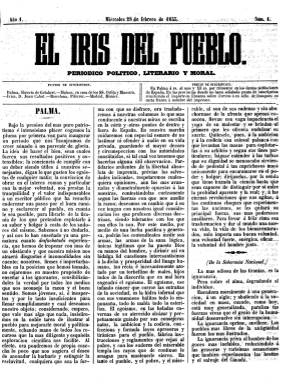
Título: El Iris del pueblo
Colección: Periódicos
Ámbito geográfico: Baleares
Lugar de publicación: Palma [de Mallorca]
Fechas: 28/02/1855-30/11/1855

Al calor de la renovada actividad política y la libertad de prensa del Bienio Progresista (1854-1856), nace este primer periódico mallorquín vinculado al Partido Demócrata (1849). Fundado y dirigido por el entonces joven abogado Joaquín Fiol Pujol (1831-1895), participan también en su redacción el franciscano exclaustrado, catedrático del Instituto Balear y socialista utópico Jerónimo Bibiloni Llaneras (1802-1876), el industrial Miguel Quetglas Bauzà (1826-1872), fundador del Centro Instructivo Republicano (1852), quien, tras integrar la lista electoral formada por todas las tendencias del Partido Progresista, será alcalde de la capital en julio de 1855; así como su hermano, Joaquín Quetglas, y Miguel Guasp Ripoll. Como editor responsable aparece Juan Villalonga Gómez. Lleva como subtítulo “periódico político, literario y moral”, y publica su primer número el 28 de febrero de 1855, formando una colección de 119 entregas, correspondiendo la última al 30 de noviembre de ese mismo año.

En un formato en folio, sus números son de cuatro páginas, compuestas a tres columnas, y será estampado en la Imprenta de Pedro José Gelabert, editor también del diario progresista El Genio de la libertad (1839-1857). Aparecerá tres veces a la semana (probablemente, miércoles, viernes y lunes ) y ya en su primer número, polemizó con sus “apreciables colegas”, los también diarios El Balear (1848-1856), impreso y editado por Pero José Umbert, y El Diario de Palma (1852-1856), del también impresor y editor Felipe Guasp Barbieri, que habían manifestado su “susceptibilidad” al prospecto publicado anunciando El Iris…, en el que había quedado expuesta su pretensión de “desilotizar a las masas instruyéndolas y liberalizándolas” y “acercar las clases”. Al primero lo tildará de “ultramoderado” y al segundo, de “moderadísimo… con ribetes de absolutista”.

Sus redactores se identificaron como jóvenes e inexpertos “partidarios ardientes de la libertad absoluta de imprenta”, que por el “más puro patriotismo” tomaban “la pluma por primera vez” para iniciar “la noble tarea de ilustrar al pueblo para mejorarle moral y políticamente”, así como de “librarle de la tiranía de los que pretenden explotarle”, según señala su primer editorial. Además de artículos doctrinales y de fondo, incluirá una Sección literaria, que inicia con una biografía de Lord Byron, así como otra de Variedades y la que denomina Correo de ayer, con noticias breves y partes telegráficos de otras extranjeras. También insertará algún folletín.

Resaltan los artículos que reproduce casi exclusivamente de La Soberanía nacional (1854-1855), el diario demócrata madrileño del socialista utópico Sixto Cámara (1825-1859). A mediados de abril su defensa del Partido Demócrata empezó a hacerse explícita con artículos de los demócrata José María Orense (1803-1880), José Ordax Avecilla (1813-1856), Fernando Garrido (1821-1883), Roque Barcia (1821-1885) o Emilio Castelar (1832-1899). En El Iris del pueblo se critica la moderación del Partido Progresista, se publica una serie de artículos contestando a la polémica exposición a las Cortes del Obispo de Osma relativa a la desamortización, o sobre las relaciones Estado-Vaticano, exponiendo que “el partido demócrata quiere que San Pedro esté en Roma y Dios en todas partes”.

Publica las Bases de la Constitución que en esos momentos estaban debatiéndose en el Congreso, y en su entrega de 29 de julio refutará la acusación de que sus redactores fueran “comunistas”, “ni partidarios de O’Owen, Cabet o Buchez”. En su despedida, el 30 de noviembre, muestran sus aspiraciones republicanas y resumen sus ideas demócratas: soberanía nacional y sufragio universal, libertad de cultos, libertad de imprenta, de reunión, de asociación y libertad y derecho a la enseñanza, al trabajo, a la propiedad, a la industria y al comercio.

A través de este periódico se establecen las bases ideológicas de la democracia y el republicanismo mallorquín y sus redactores liderarán el Partido Republicano Federal balear durante el Sexenio Democrático (1868-1874), cuando sea publicado de nuevo El Iris del pueblo entre 1869 y 1873. Fiol, que había establecido estrecha amistad con Castelar y se encuadrará en el posibilismo republicano, será diputado, y en sus últimos años quedará adscrito a las filas del Partido Liberal. Ocupará también cargos públicos, como el de gobernador civil.

Además de los diccionarios de Bover (1862 y 1868), referencias para este título y la democracia y el republicanismo balear son las tesis doctorales de Gargallo Astrom (2010) y Martorell Fullana (2015), o los trabajos de Batllori (1979), Grosske Fiol (1980) y Pascual Sastre (1999).